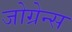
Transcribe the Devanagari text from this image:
जोग्रेन्स